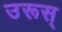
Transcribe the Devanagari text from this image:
उरूस्